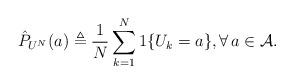
LaTeX: \begin{align*}\hat{P}_{U^N}(a) \triangleq \frac{1}{N} \sum_{k=1}^N 1\{U_k=a\}, \forall \, a \in \mathcal{A}.\end{align*}